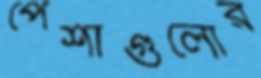
পেশাগুলোর